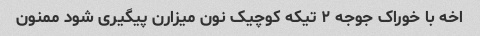
اخه با خوراک جوجه ۲ تیکه کوچیک نون میزارن پیگیری شود ممنون